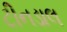
ટીનડાલ